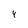
Character: 4